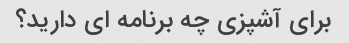
برای آشپزی چه برنامه ای دارید؟